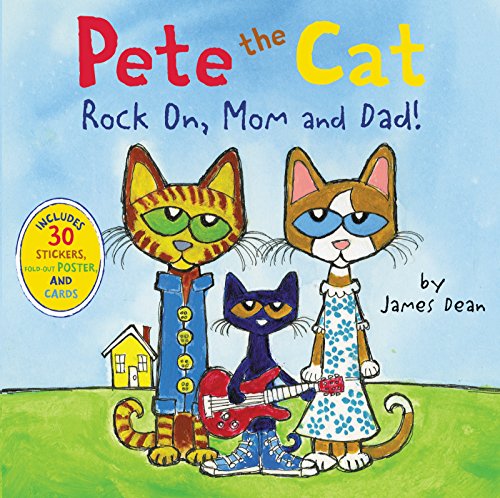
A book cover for Pete the Cat: Rock On, Mom and Dad!; James Dean; Children's Books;